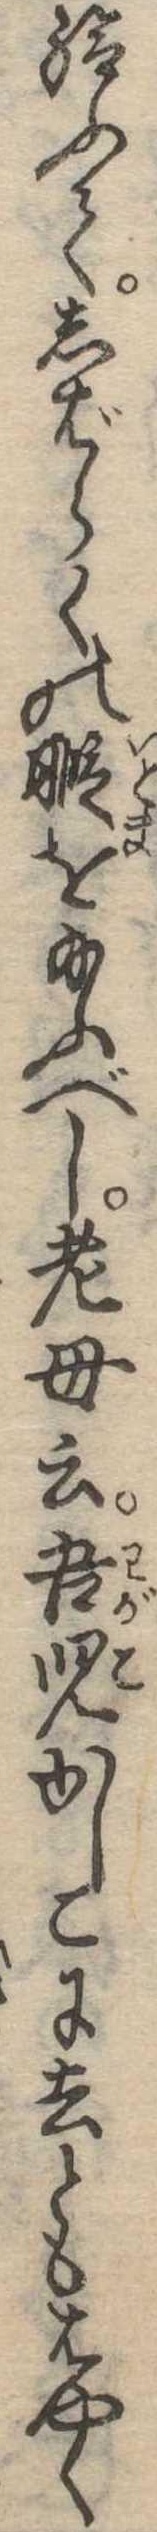
給ふてしばらくの暇を給ふべし老母云吾児かしこに去ともはやく